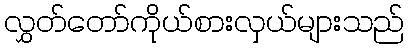
လွှတ်တော်ကိုယ်စားလှယ်များသည်